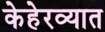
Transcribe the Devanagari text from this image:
केहेरव्यात